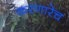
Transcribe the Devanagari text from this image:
करणारेच